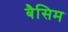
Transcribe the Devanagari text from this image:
बैसिम